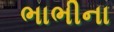
ભાભીના